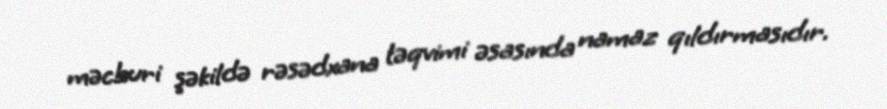
məcburi şəkildə rəsədxana təqvimi əsasında namaz qıldırmasıdır.